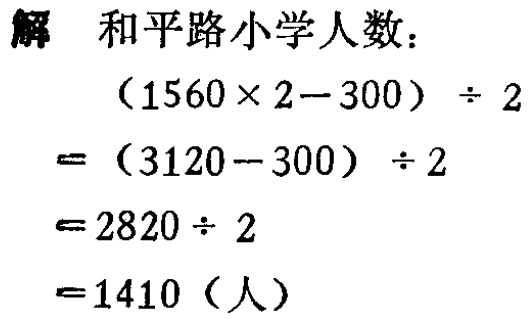
解 和平路小学人数：
\[
\begin{align*}
&(1560\times 2 - 300)\div 2\\
=&(3120 - 300)\div 2\\
=&2820\div 2\\
=&1410 \text{（人）}
\end{align*}
\]